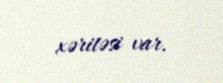
xəritəsi var.